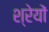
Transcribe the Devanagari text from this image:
श्रेयों